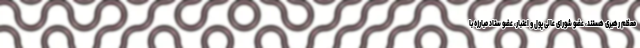
معظم رهبری هستند، عضو شورای عالی پول و اعتبار، عضو ستاد مبارزه با